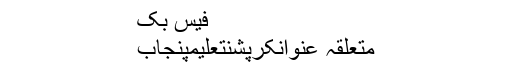
فیس بک
متعلقہ عنوانکرپشنتعلیمپنجاب